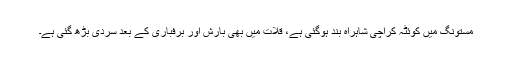
مستونگ میں کوئٹہ کراچی شاہراہ بند ہوگئی ہے، قلات میں بھی بارش اور برفباری کے بعد سردی بڑھ گئی ہے۔